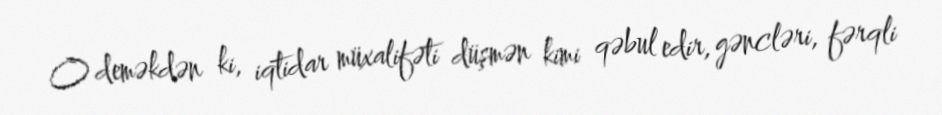
O deməkdən ki, iqtidar müxalifəti düşmən kimi qəbul edir, gəncləri, fərqli